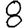
Digit: 8